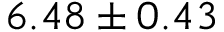
6 . 4 8 \pm 0 . 4 3